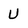
Character: U